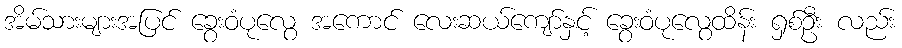
အိမ်သားများအပြင် ခွေးဝံပုလွေ အကောင် လေးဆယ်ကျော်နှင့် ခွေးဝံပုလွေထိန်း ရှစ်ဦး လည်း